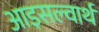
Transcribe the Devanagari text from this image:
आइसल्वार्थ